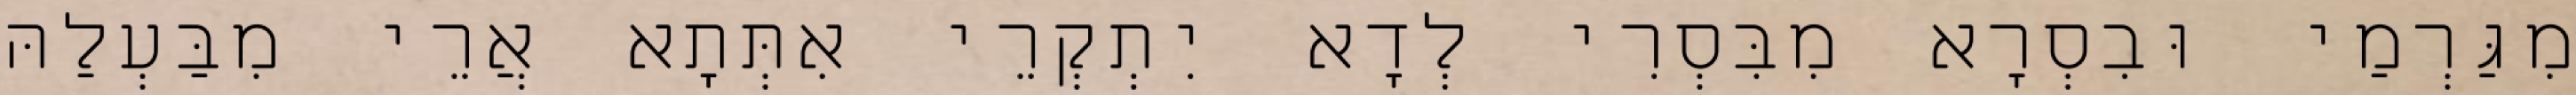
מִגַּרְמַי וּבִסְרָא מִבִּסְרִי לְדָא יִתְקְרֵי אִתְּתָא אֲרֵי מִבַּעְלַהּ